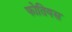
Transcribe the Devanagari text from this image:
फोतियस